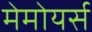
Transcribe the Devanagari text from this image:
मेमोयर्स